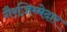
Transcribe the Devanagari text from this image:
गैरज़िम्मेदार